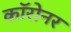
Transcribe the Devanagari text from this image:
कॉरोनर